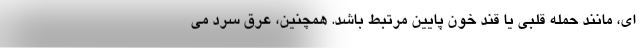
ای، مانند حمله قلبی یا قند خون پایین مرتبط باشد. همچنین، عرق سرد می